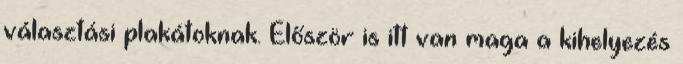
választási plakátoknak. Először is itt van maga a kihelyezés